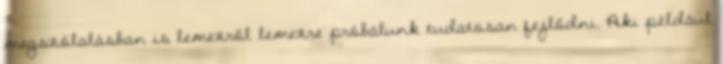
megszólalásban is lemezről lemezre próbálunk tudatosan fejlődni. Aki például